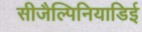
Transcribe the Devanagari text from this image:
सीजैल्पिनियाडिई